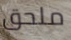
ملحق